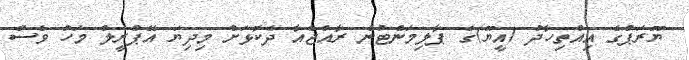
ޔޫރަޕްގެ އިއްތިހާދު (އީޔޫ)ގެ ޕާލިމަންޓުން ރާއްޖެއާ ދެކޮޅަށް މިދިޔަ އޭޕްރީލް މަހު ވެސް